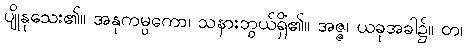
ပျိုနုသေး၏။ အနုကမ္ပကော၊ သနားဘွယ်ရှိ၏။ အဇ္ဇ၊ ယခုအခါ၌။ တံ၊